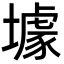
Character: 壉